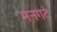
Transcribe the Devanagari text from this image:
मनगटे